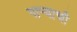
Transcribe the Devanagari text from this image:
पार्‍याची